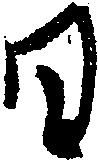
日